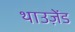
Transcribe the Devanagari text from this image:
थाउज़ेंड